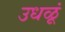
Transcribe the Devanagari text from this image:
उधळूं